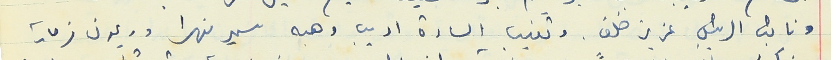
ونائب الرئيس عزيز خلف. وتغيب السادة اديب وهبه سمير نهرا وريمون فرحات